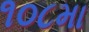
૧૦૮મા